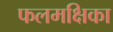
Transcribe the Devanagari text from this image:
फलमक्षिका